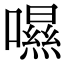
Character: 𡀾